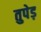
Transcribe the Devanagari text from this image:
तुपेड़